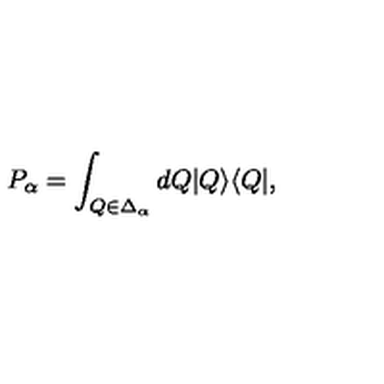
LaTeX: P _ { \alpha } = \int _ { Q \in \Delta _ { \alpha } } d Q | Q \rangle \langle Q | ,